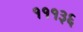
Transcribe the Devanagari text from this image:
१११३६